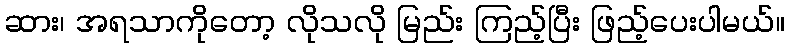
ဆား၊ အရသာကိုတော့ လိုသလို မြည်း ကြည့်ပြီး ဖြည့်ပေးပါမယ်။